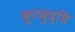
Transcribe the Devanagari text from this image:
कूटबुद्धि